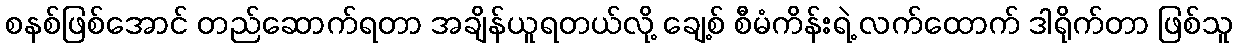
စနစ်ဖြစ်အောင် တည်ဆောက်ရတာ အချိန်ယူရတယ်လို့ ချေ့စ် စီမံကိန်းရဲ့ လက်ထောက် ဒါရိုက်တာ ဖြစ်သူ